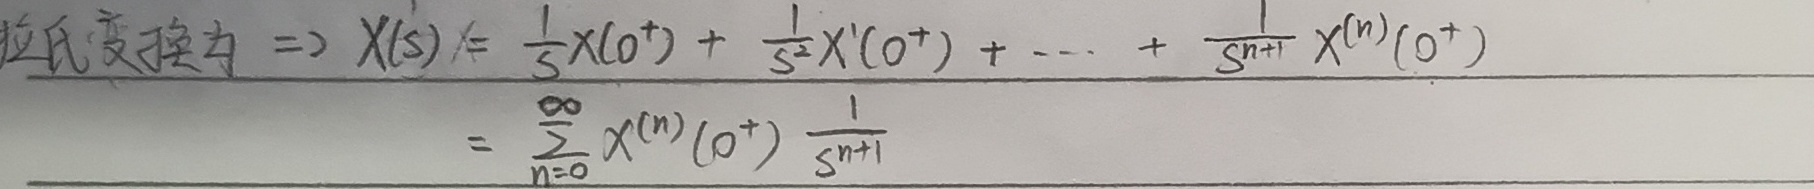
拉氏变换为 $\Rightarrow X(s) =\frac{1}{s}X(0^{+})+\frac{1}{s^{2}}X'(0^{+})+\cdots+\frac{1}{s^{n + 1}}X^{(n)}(0^{+})=\sum_{n = 0}^{\infty}X^{(n)}(0^{+})\frac{1}{s^{n+1}}$